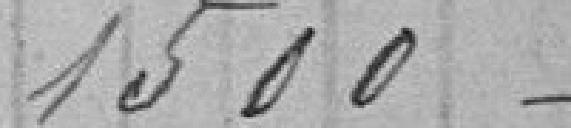
1500